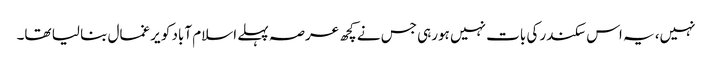
نہیں، یہ اس سکندر کی بات نہیں ہورہی جس نے کچھ عرصہ پہلے اسلام آباد کو یرغمال بنا لیا تھا۔